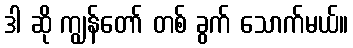
ဒါ ဆို ကျွန်တော် တစ် ခွက် သောက်မယ်။